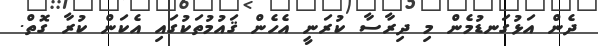
ދެން އަޅުގަނޑުމެން މި ދިރާސާ ކުރަނީ އެހެން ޤައުމުތަކުގައި އެކަން ކުރާ ގޮތް.